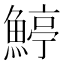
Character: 𩹇